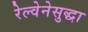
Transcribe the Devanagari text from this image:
रेल्वेनेसुद्धा